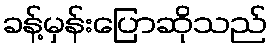
ခန့်မှန်းပြောဆိုသည်